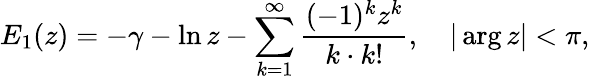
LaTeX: E_{1}(z)=-\gamma-\ln z-\sum_{k=1}^{\infty}\frac{(-1)^{k}z^{k}}{k\cdot k!},\quad|\arg z|<\pi{,}